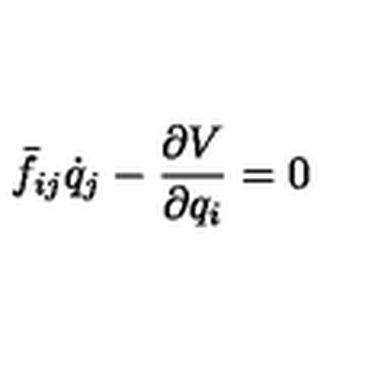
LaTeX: \bar { f } _ { i j } \dot { q } _ { j } - { \frac { \partial V } { \partial q _ { i } } } = 0